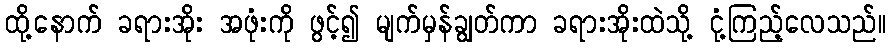
ထို့နောက် ခရားအိုး အဖုံးကို ဖွင့်၍ မျက်မှန်ချွတ်ကာ ခရားအိုးထဲသို့ ငုံ့ကြည့်လေသည်။